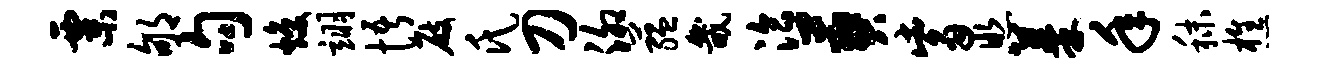
粟郇句焕翊悟屐氏刀泖蕴畿洽葬觜照蓁年秣樵